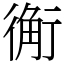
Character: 䚘